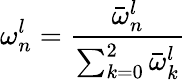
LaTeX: \omega_{n}^{l}=\frac{\bar{\omega}_{n}^{l}}{\sum_{k=0}^{2}\bar{\omega}_{k}^{l}}